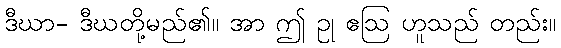
ဒီဃာ- ဒီဃတို့မည်၏။ အာ ဤ ဥု ဧဩ ဟူသည် တည်း။